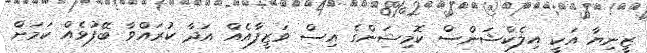
ޒީނިޔާ އަކީ އިލެކްޝަންސް ކޮމިޝަންގެ އިސް ވަޒީފާއެއް އަދާ ކުރައްވާ ބޭފުޅެއް ކަމަށް